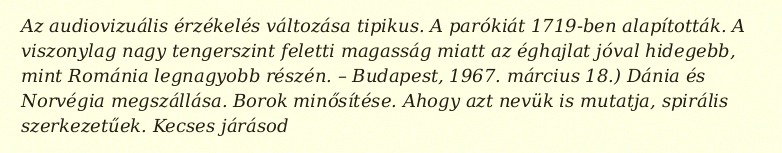
Az audiovizuális érzékelés változása tipikus. A parókiát 1719-ben alapították. A viszonylag nagy tengerszint feletti magasság miatt az éghajlat jóval hidegebb, mint Románia legnagyobb részén. – Budapest, 1967. március 18.) Dánia és Norvégia megszállása. Borok minősítése. Ahogy azt nevük is mutatja, spirális szerkezetűek. Kecses járásod